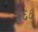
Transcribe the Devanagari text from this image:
इ६६